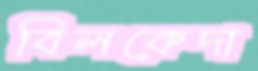
বিলকেদা